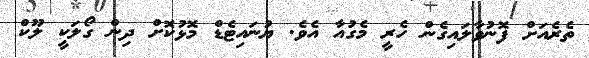
ތެރެއަށް ފޮނުވާލައިގެން ހެރީ މެގުއާ އެވެ. ޔުނައިޓެޑް މޮޅުކޮށް ދިން ގޯލަކީ ލޫކް